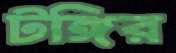
টঙ্গির